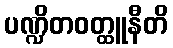
ပဏ္ဍိတဝတ္ထူနီတိ